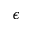
\epsilon